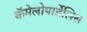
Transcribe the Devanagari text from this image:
कॅमेलोपार्डेलिस